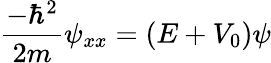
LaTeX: {\frac{-\hbar^{2}}{2m}}\psi_{xx}=(E+V_{0})\psi